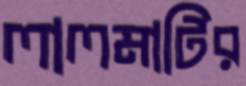
লালমাটির